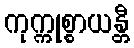
ကုက္ကုစ္စာယန္တီ